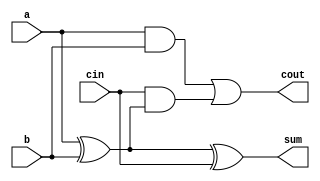
module full_adder (
    input wire a, // Input bit A
    input wire b, // Input bit B
    input wire cin, // Carry in
    output wire sum, // Sum output
    output wire cout // Carry out
);

assign sum = a ^ b ^ cin;
assign cout = (a & b) | (cin & (a ^ b));

endmodule